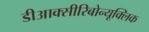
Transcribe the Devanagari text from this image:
डीआक्सीरिबोन्यूक्लिक